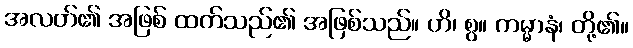
အလတ်၏ အဖြစ် ထက်သည်၏ အဖြစ်သည်။ ဟိ၊ စွ။ ကမ္မာနံ၊ တို့၏။